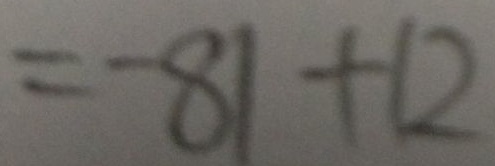
= - 8 1 + 1 2